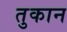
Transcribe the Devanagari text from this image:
तुकान